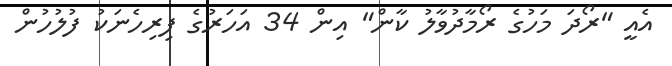
އެއީ "ރޯދަ މަހުގެ ރޯމާދުވާލު ކާން" އިން 34 އަހަރުގެ ފިރިހެނަކު ފުލުހުން